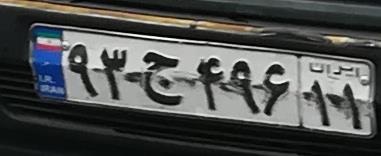
۹۳ج۴۹۶۱۱